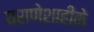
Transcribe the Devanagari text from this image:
घराणेशाहीके